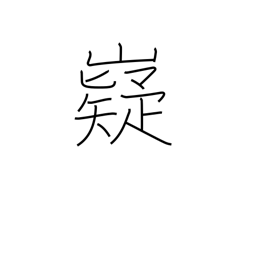
Meaning: wise